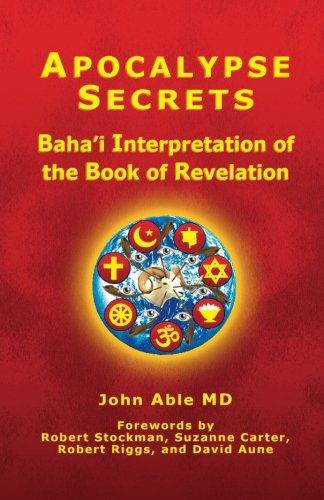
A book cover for Apocalypse Secrets: Baha'i Interpretation of the Book of Revelation; John Able MD; Religion & Spirituality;